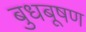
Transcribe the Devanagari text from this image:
बुधबूषण